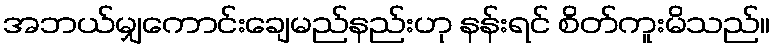
အဘယ်မျှကောင်းချေမည်နည်းဟု နန်းရင် စိတ်ကူးမိသည်။